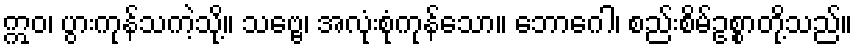
ဣဝ၊ ပွားကုန်သကဲ့သို့။ သဗ္ဗေ၊ အလုံးစုံကုန်သော။ ဘောဂေါ၊ စည်းစိမ်ဥစ္စာတို့သည်။